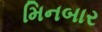
મિનબાર